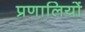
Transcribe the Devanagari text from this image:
प्रणालियों